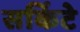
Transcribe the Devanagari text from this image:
सर्किटे